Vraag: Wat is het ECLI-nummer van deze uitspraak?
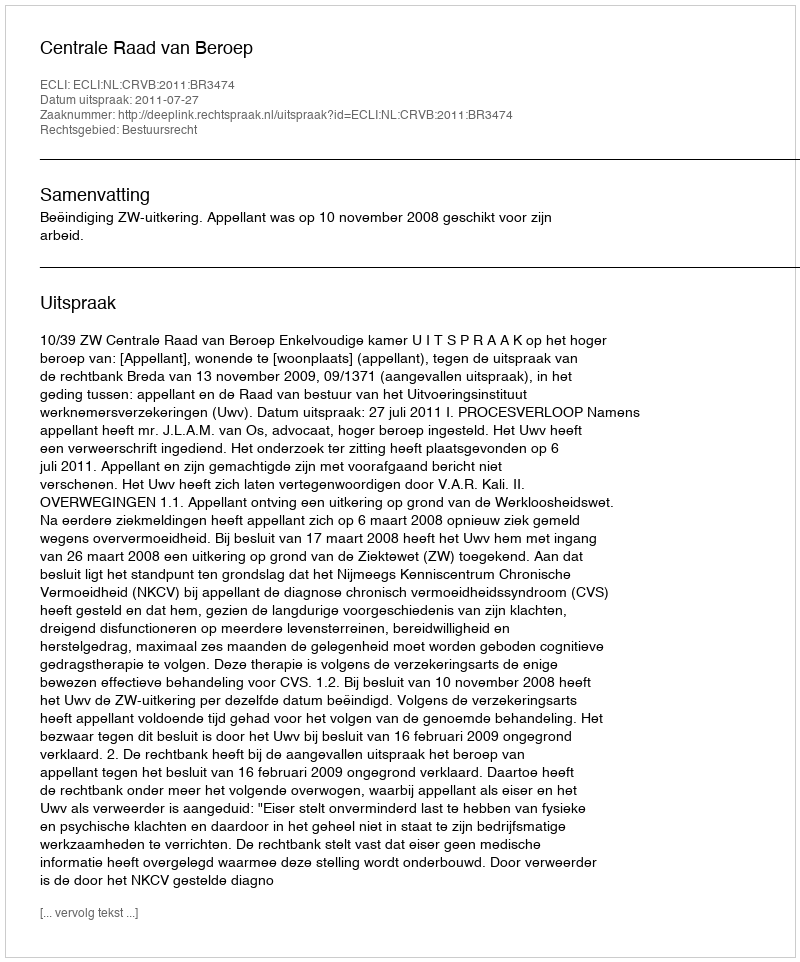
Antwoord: ECLI:NL:CRVB:2011:BR3474